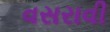
વસરાવી